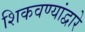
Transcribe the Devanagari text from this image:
शिकवण्यांद्वारे